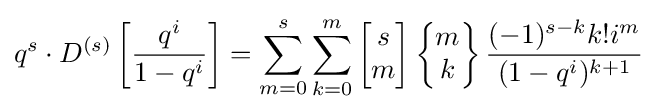
q^{s}\cdot D^{(s)}\left[{\frac {q^{i}}{1-q^{i}}}\right]=\sum _{m=0}^{s}\sum _{k=0}^{m}\left[{\begin{matrix}s\\m\end{matrix}}\right]\left\{{\begin{matrix}m\\k\end{matrix}}\right\}{\frac {(-1)^{s-k}k!i^{m}}{(1-q^{i})^{k+1}}}